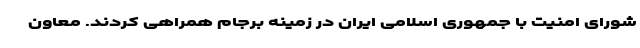
شورای امنیت با جمهوری اسلامی ایران در زمینه برجام همراهی کردند. معاون